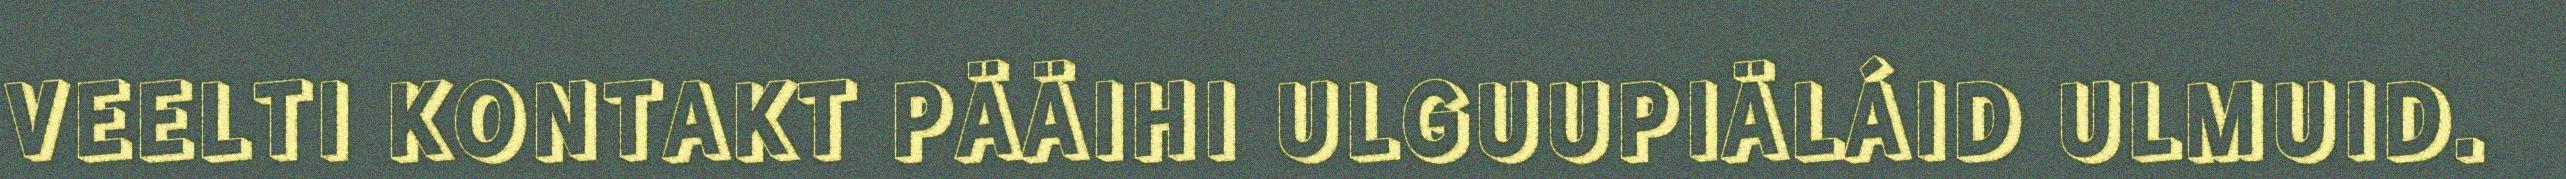
VEELTI KONTAKT PÄÄIHI ULGUUPIÄLÁID ULMUID.